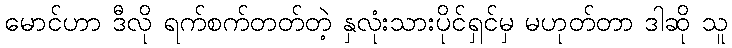
မောင်ဟာ ဒီလို ရက်စက်တတ်တဲ့ နှလုံးသားပိုင်ရှင်မှ မဟုတ်တာ ဒါဆို သူ